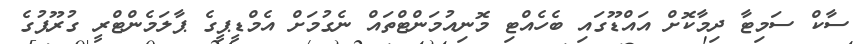
ސާކް ސަމިޓާ ދިމާކޮށް އައްޑޫގައި ބެހެއްޓި މޮނިއުމަންޓްތައް ނެގުމަށް އެމްޑީޕީގެ ޕާލަމެންޓްރީ ގުރޫޕުގެ